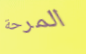
المرحة